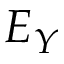
E _ { Y }